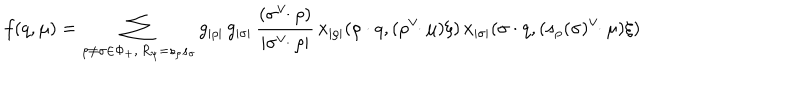
LaTeX: f ( q , \mu ) = \sum _ { \rho \neq \sigma \in \Phi _ { + } , \, R _ { \psi } = s _ { \rho } s _ { \sigma } } g _ { | \rho | } \, g _ { | \sigma | } \, { \frac { ( \sigma ^ { \vee } \! \! \cdot \rho ) } { | \sigma ^ { \vee } \! \! \cdot \rho | } } \, x _ { | \rho | } ( \rho \cdot q , ( \rho ^ { \vee } \! \! \cdot \mu ) \xi ) \, x _ { | \sigma | } ( \sigma \cdot q , ( s _ { \rho } ( \sigma ) ^ { \vee } \! \! \cdot \mu ) \xi )